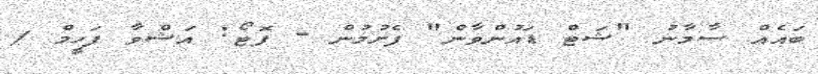
ބައެއް ސާމާނު "ޝަޓް ޑައުންވާން" ފެށުމުން - ފޮޓޯ: އަޝްވާ ފަހީމް /